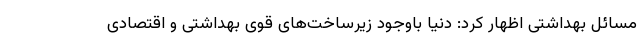
مسائل بهداشتی اظهار کرد: دنیا باوجود زیرساخت‌های قوی بهداشتی و اقتصادی